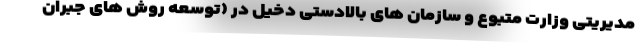
مدیریتی وزارت متبوع و سازمان های بالادستی دخیل در (توسعه روش های جبران